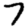
Digit: 7